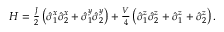
\begin{array} { r } { H = \frac { J } { 2 } \left( \hat { \sigma } _ { 1 } ^ { x } \hat { \sigma } _ { 2 } ^ { x } + \hat { \sigma } _ { 1 } ^ { y } \hat { \sigma } _ { 2 } ^ { y } \right) + \frac { V } { 4 } \left( \hat { \sigma } _ { 1 } ^ { z } \hat { \sigma } _ { 2 } ^ { z } + \hat { \sigma } _ { 1 } ^ { z } + \hat { \sigma } _ { 2 } ^ { z } \right) . } \end{array}